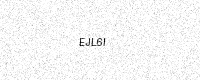
Text: EJL6I